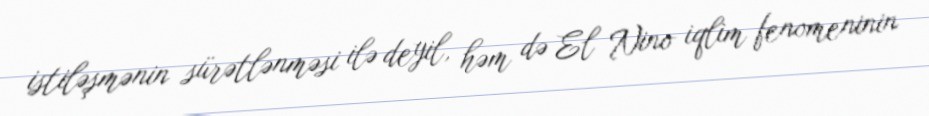
istiləşmənin sürətlənməsi ilə deyil, həm də El Nino iqlim fenomeninin